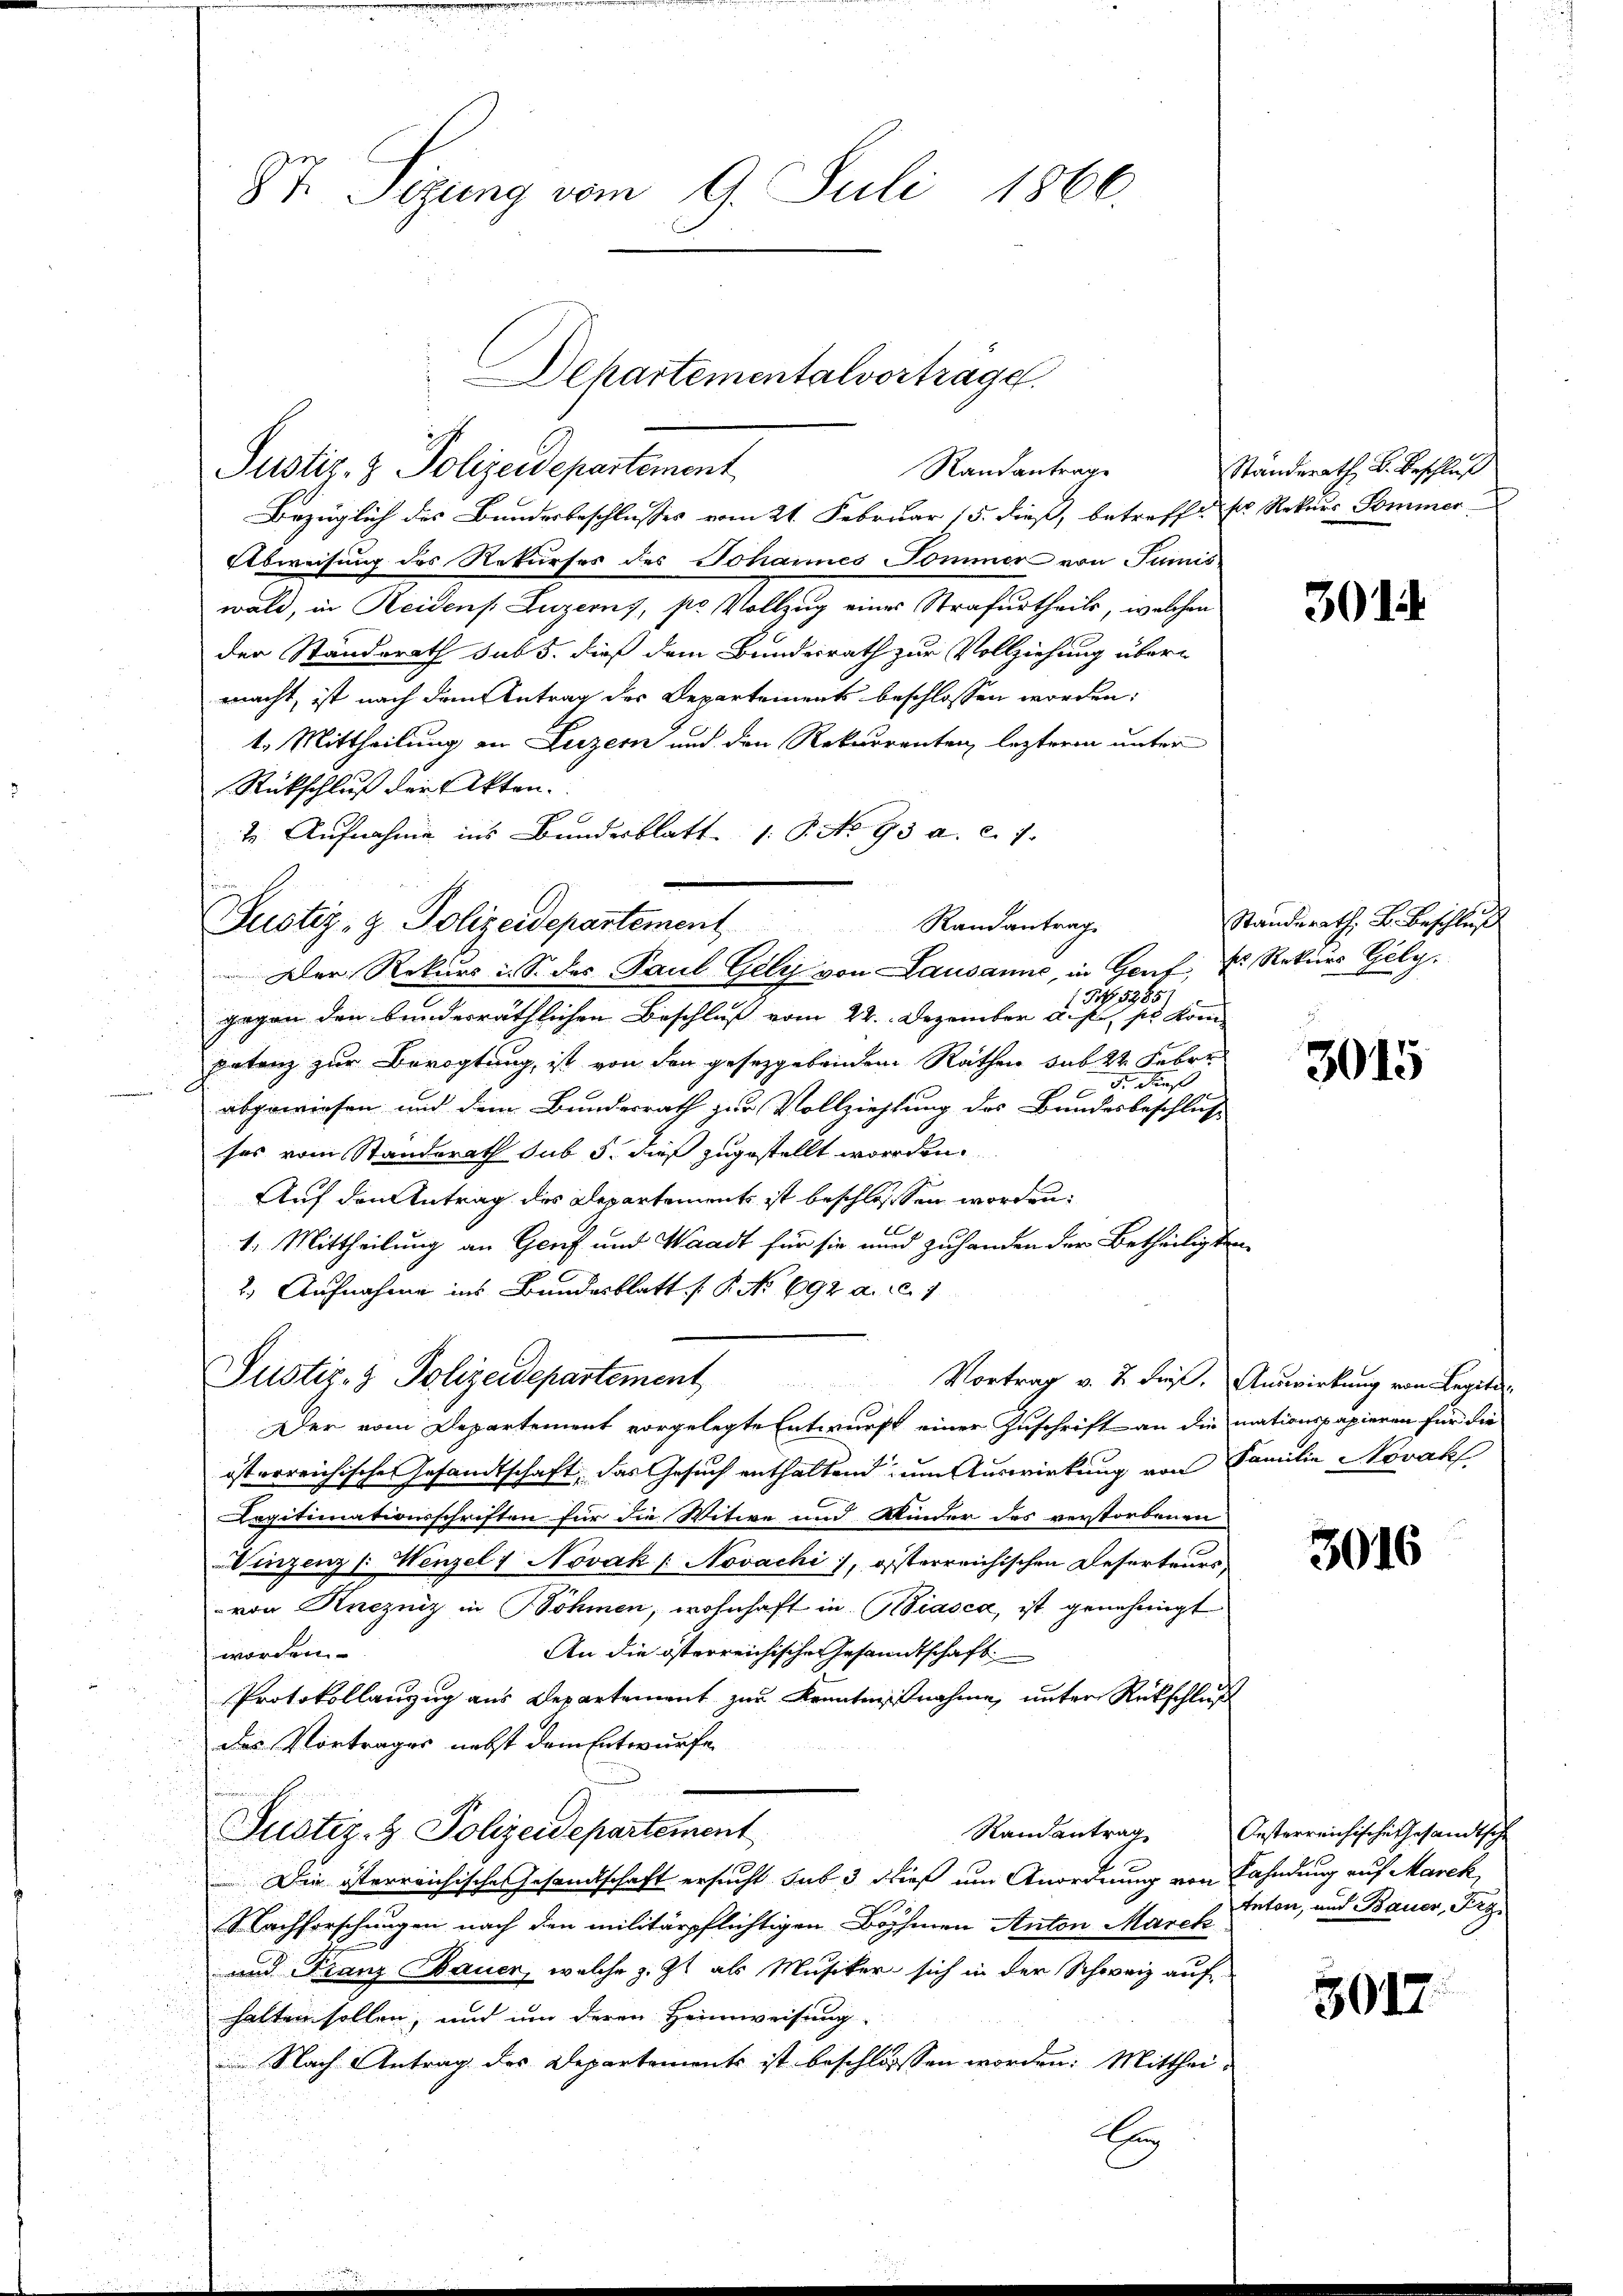
Bezüglich des Bundesbeschlusses vom 21. Februar 15. dieß, betrefft ses Rekurs Sommer
Abweisung des Rekurses des Johannes Sommer von Junis
wald, in Reidens Luzerny, sr Vollzug einer Strafurtheils, welchen
der Standerath sub 5. dieß dem Bundesrath zur Vollziehung übermacht, ist nach dem Antrag des Departements beschlossen worden;
1. Mittheilung an Luzern und den Rekurrenten, lezteren unter
Rückschluß der Akten.
te Aufnahme ins Bundesblatt 1. P. No 93 a. c. 1
Justiz- & Polizeidepartement Randantrag.
Der Rekurs i. S. des Paul Gely von Lausanne, in Genf, u. Rekurs Gely.
 NNo. 5385.
gegen den bunderräthlichen Beschluß vom 22. Dezember d. h. so kom
patenz zur Bevogtung, ist von den gesetzgebenden Räthen sub 22 Feber
 dies
abgewiesen und dem Bundesrath zur Vollziehlung des Bundesbeschluss
ses vom Standerath sub 5. dieß zugestellt worden.
Auf den Antrag des Departements ist beschlossen worden:
1. Mittheilung an Genf und Waadt für sie und zuhanden der Betheiligten
2.) Aufnahme ins Bundesblatt P. No 692 a. c. 1
Justiz- & Polizeidepartement
Vortrag v. 2. Fies. Auswirkung von Legiti
Der vom Departement vorgelegte Entwurfs einer Zuschrift an die mationspapieren für die
isterreichische Gesandtschaft, das Gesuch enthaltend zum Auswirkung von Familie Novak
Legitimationsschriften für die Witwe und Kinder des verstorbenen
Viezenz /: Wenzel 7 Novak (Novachi, österreichischen Reserteurs,
von Knezniz in Böhmen, wohnhaft in Biasca, ist genehmigt
An die österreichische Gesandtschaft
worden.
Protokollanzug aus Departement zur Kenntnisnahme, unter Rückschluß
das Vortrages nebst dem Entwurfe
Justiz- & Polizeidepartement
Die österreichische Gesandtschaft ersucht sub 3 dieß um Anordnung von Sahndung auf Marck
Nachforschungen nach den militärpflichtigen Böhmen Anton Marck
und Franz Bauer, welche z. Zt. als Musiker sich in der Schweiz auf
halten sollen, und um deren Heimweisung
 Nach Antrag des Departements ist beschlosssen worden: Mitthei¬
E

87. Sizung vom 9. Juli 1860.

i

Departementalvorträge.
Justiz- & Polizeidepartement
Randantrage

Ständerath B. Beschluß

301

Standerath, B. Beschluß

3015

3016

Randantrag Oesterreichische Gesandtsche
tnton, und Bauer, Fig

5012.